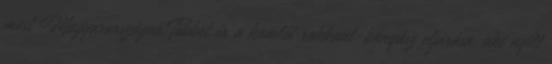
most Magyarországon.Többet ér a komlói rokkant-bányász eljárása, aki nyílt